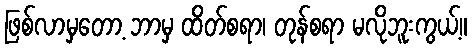
ဖြစ်လာမှတော့ ဘာမှ ထိတ်စရာ၊ တုန်စရာ မလိုဘူးကွယ့်။